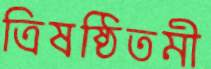
ত্রিষষ্ঠিতমী